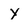
Character: Y